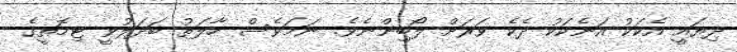
ދިޔައީ އެކަކު އަނެކަކު ދެކެ ވަރަށް ލޯބިންނެވެ. ނަމަވެސް ހާލަތު ބަދަލުވީ ޓިމޮތީގެ